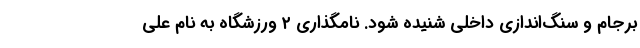
برجام و سنگ‌اندازی داخلی شنیده شود. نامگذاری ۲ ورزشگاه به نام علی